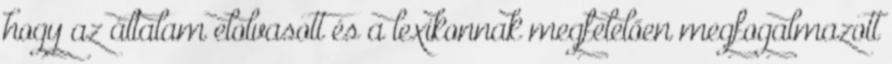
hogy az általam elolvasott és a lexikonnak megfelelően megfogalmazott